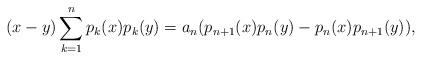
LaTeX: \begin{align*} (x-y) \sum_{k=1}^n p_k(x) p_k(y) = a_n (p_{n+1}(x)p_n(y)-p_n(x)p_{n+1}(y)), \end{align*}